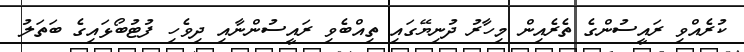
ކުރެއްވި ރައީސުންގެ ތެރެއިން މިހާރު ދުނިޔޭގައި ތިއްބެވި ރައީސުންނާއި ދިވެހި ފުޓުބޯޅައިގެ ބަތަލު